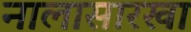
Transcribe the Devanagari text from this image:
नालासारखा